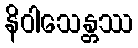
နိဝါသေန္တဿ